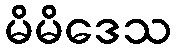
မိမိဒေသ